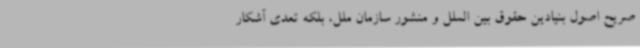
صریح اصول بنیادین حقوق بین الملل و منشور سازمان ملل، بلکه تعدی آشکار